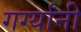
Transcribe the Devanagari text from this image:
गर्ग्यांनी